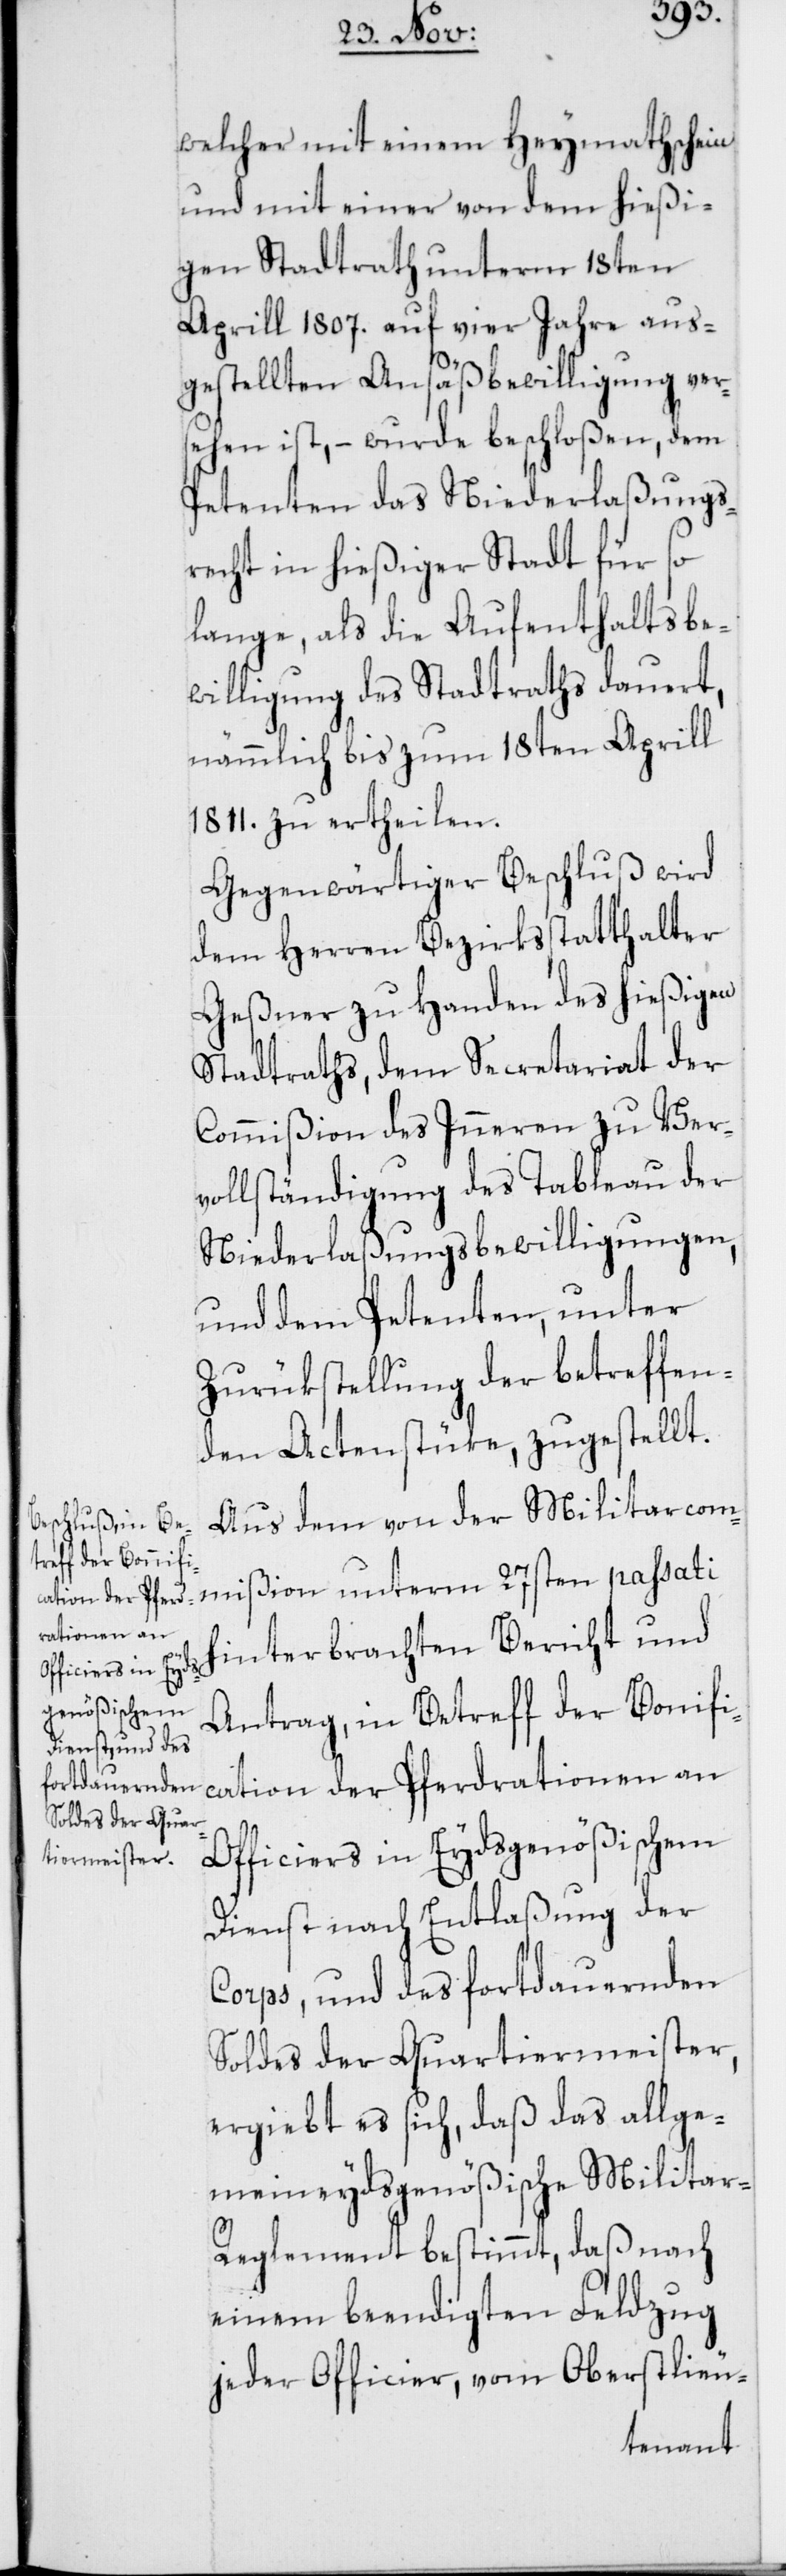
welcher mit einem Heymathschein
und mit einer von dem hießi¬
gen Stadtrath unterm 18ten
Aprill 1807. auf vier Jahre aus¬
gestellten Ansäßbewilligung ver¬
sehen ist, – wurde beschloßen, dem
Petenten das Niederlaßungs¬
recht in hießiger Stadt für so
lange, als die Aufenthaltsbe¬
willigung des Stadtraths dauert,
nämmlich bis zum 18ten Aprill
1811. zu ertheilen.
Gegenwärtiger Beschluß wird
dem Herren Bezirksstatthalter
Geßner zu Handen des hießigen
Stadtraths, dem Secretariat der
Commißion des Inneren zu Ver¬
vollständigung des Tableau der
Niederlaßungsbewilligungen,
und dem Petenten, unter
Zurükstellung der betreffen¬
den Actenstüke, zugestellt.
Aus dem von der Militarcom¬
mißion unterm 27sten passati
hinterbrachten Bericht und
Antrag, in Betreff der Bonifi¬
cation der Pferdrationen an
Officiers in Eydsgenößischem
Dienst nach Entlaßung der
Corps, und des fortdauernden
Soldes der Quartiermeister,
ergiebt es sich, daß das allge¬
meineydsgenößische Militar-R¬
eglement bestimmt, daß nach
einem beendigten Feldzug
jeder Officier, vom Oberstlieu-